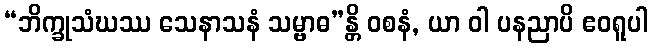
“ဘိက္ခုသံဃဿ သေနာသနံ သမ္ဗာဓ”န္တိ ဝစနံ, ယာ ဝါ ပနညာပိ ဧဝရူပါ